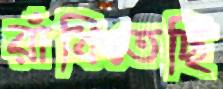
রাঁধিতেছি